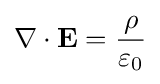
\nabla \cdot \mathbf {E} ={\rho  \over \varepsilon _{0}}